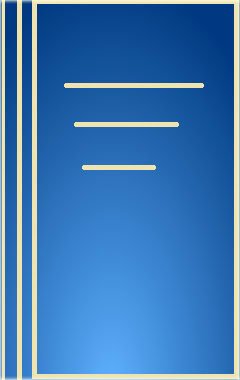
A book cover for New Moon Rising: Reclaiming the Sacred Rites of Menstruation; Linda Heron Wind; Health, Fitness & Dieting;